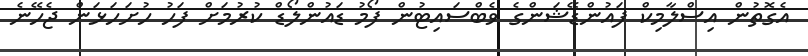
އެގޮތުން އިސްލާމިކް ފައުންޑޭޝަންގެ ވެބްސައިޓުން ފޯމު ޑައުންލޯޑް ކުރުމަށް ފަހު ހުށަހަޅަން ޖެހޭނެ